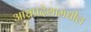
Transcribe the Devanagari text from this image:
आंध्रप्रदेशामधील